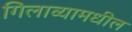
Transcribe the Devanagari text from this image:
गिलाव्यामधील